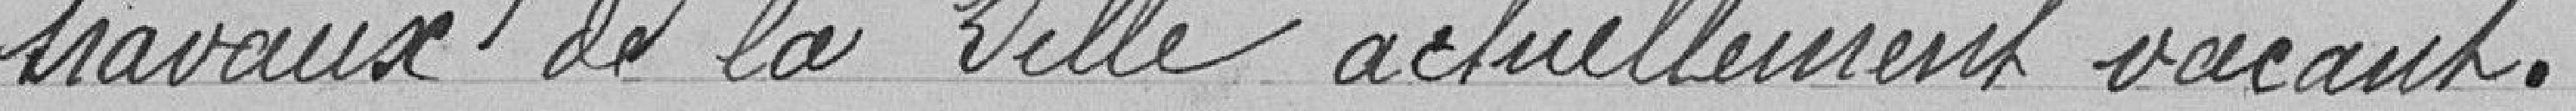
travaux de la Ville actuellement vacant.